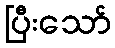
ပြီးသော်